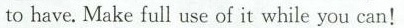
to have. Make full use of it while you can!